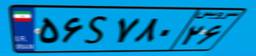
۶۶S۷۲۹۲۱